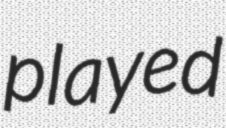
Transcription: played